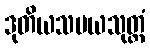
ဒုတိယသမယသုတ္တံ